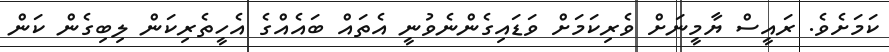
ކަމަށެވެ. ރައީސް ޔާމީނަށް ވެރިކަމަށް ވަޑައިގެންނެވުނީ އެތައް ބައެއްގެ އެހީތެރިކަން ލިބިގެން ކަން